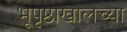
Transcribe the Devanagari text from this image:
भूपृष्ठाखालच्या